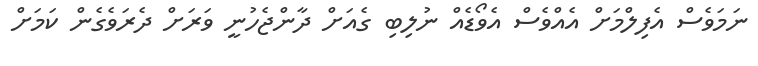
ނަމަވެސް އެފިލްމަށް އެއްވެސް އެވޯޑެއް ނުލިބި ގެއަށް ދާންޖެހުނީ ވަރަށް ދެރަވެގެން ކަމަށް